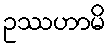
ဥဿဟာမိ